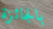
بالجائزة